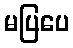
မပြပေ